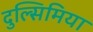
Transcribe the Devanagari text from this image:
दुल्सिमिया